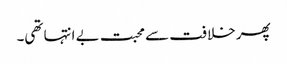
پھر خلافت سے محبت بے انتہا تھی۔